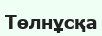
Төлнұсқа